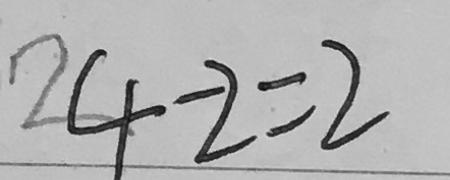
4 - 2 = 2